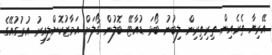
އޭރިޔާ ތެރެއިން ތިރިތިރިން ލިބުނު ބޯޅަ ޑުއާޓޭ ބޮލުން ގޯލަށް އަމާޒުކޮށްލިއިރު އުރުގުއޭގެ